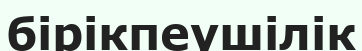
бірікпеушілік